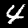
Digit: 4